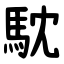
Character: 馾